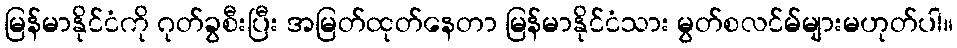
မြန်မာနိုင်ငံကို ဂုတ်ခွစီးပြီး အမြတ်ထုတ်နေတာ မြန်မာနိုင်ငံသား မွတ်စလင်မ်များမဟုတ်ပါ။